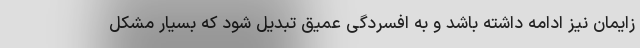
زایمان نیز ادامه داشته باشد و به افسردگی عمیق تبدیل شود که بسیار مشکل